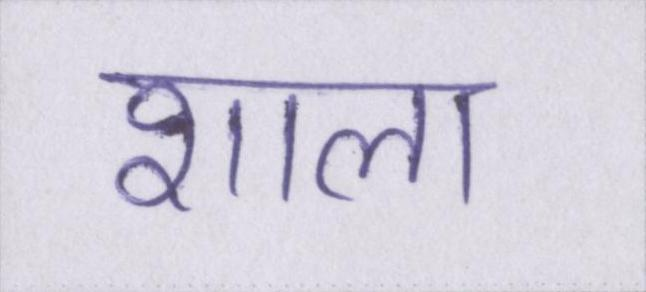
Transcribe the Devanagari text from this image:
शाला